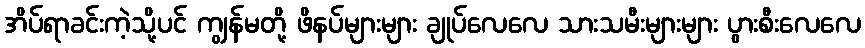
အိပ်ရာခင်းကဲ့သို့ပင် ကျွန်မတို့ ဖိနပ်များများ ချုပ်လေလေ သားသမီးများများ ပွားစီးလေလေ